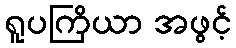
ရူပကြိယာ အဖွင့်